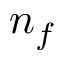
n _ { f }